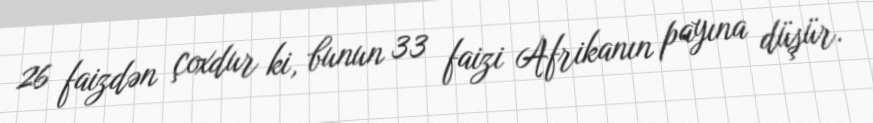
26 faizdən çoxdur ki, bunun 33 faizi Afrikanın payına düşür.